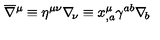
\overline { \nabla } { ^ \mu } \equiv \eta ^ { \mu \nu } \nabla _ { \! \nu } \equiv x _ { , a } ^ { \mu } \gamma ^ { a b } \nabla _ { \! b }